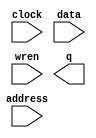
module memoria (
	address,
	clock,
	data,
	wren,
	q);

	input	[15:0]  address;
	input	  clock;
	input	[7:0]  data;
	input	  wren;
	output	[7:0]  q;
`ifndef ALTERA_RESERVED_QIS
// synopsys translate_off
`endif
	tri1	  clock;
`ifndef ALTERA_RESERVED_QIS
// synopsys translate_on
`endif

endmodule